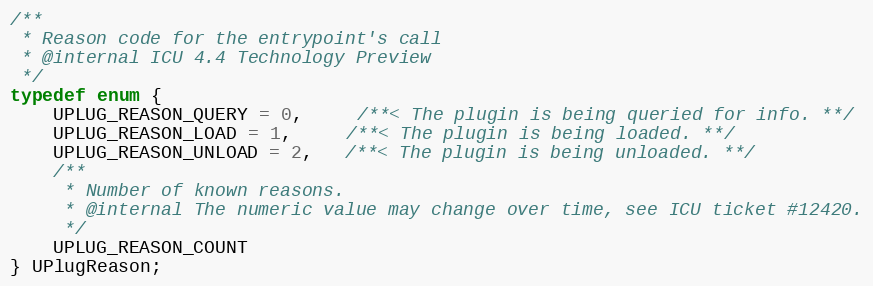
Language: C
/**
 * Reason code for the entrypoint's call
 * @internal ICU 4.4 Technology Preview
 */
typedef enum {
    UPLUG_REASON_QUERY = 0,     /**< The plugin is being queried for info. **/
    UPLUG_REASON_LOAD = 1,     /**< The plugin is being loaded. **/
    UPLUG_REASON_UNLOAD = 2,   /**< The plugin is being unloaded. **/
    /**
     * Number of known reasons.
     * @internal The numeric value may change over time, see ICU ticket #12420.
     */
    UPLUG_REASON_COUNT
} UPlugReason;